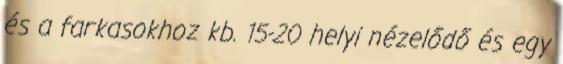
és a farkasokhoz kb. 15-20 helyi nézelődő és egy